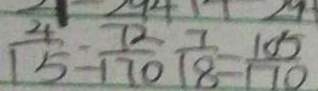
\frac { 4 } { 1 5 } = \frac { 7 2 } { 1 7 0 } \frac { 7 } { 1 8 } = \frac { 1 0 5 } { 1 0 0 }